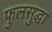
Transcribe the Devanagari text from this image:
फुलसुद्धा